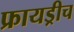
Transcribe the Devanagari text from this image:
फ्रायड्रीच